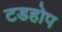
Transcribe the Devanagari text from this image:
टडहोप